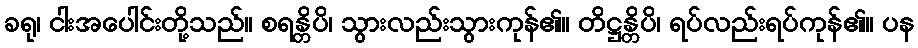
ခရု၊ ငါးအပေါင်းတို့သည်။ စရန္တိပိ၊ သွားလည်းသွားကုန်၏။ တိဋ္ဌန္တိပိ၊ ရပ်လည်းရပ်ကုန်၏။ ပန